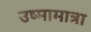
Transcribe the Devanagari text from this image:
उष्मामात्रा